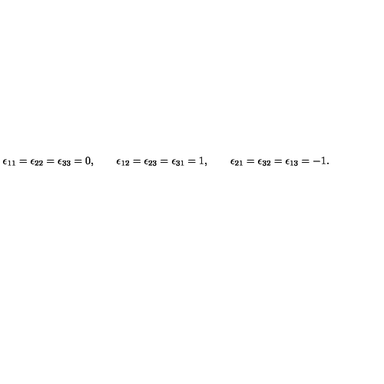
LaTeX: \epsilon _ { 1 1 } = \epsilon _ { 2 2 } = \epsilon _ { 3 3 } = 0 , \qquad \epsilon _ { 1 2 } = \epsilon _ { 2 3 } = \epsilon _ { 3 1 } = 1 , \qquad \epsilon _ { 2 1 } = \epsilon _ { 3 2 } = \epsilon _ { 1 3 } = - 1 .